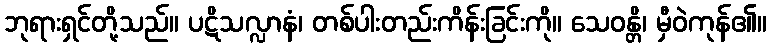
ဘုရားရှင်တို့သည်။ ပဋိသလ္လာနံ၊ တစ်ပါးတည်းကိန်းခြင်းကို။ သေဝန္တိ၊ မှီဝဲကုန်၏။